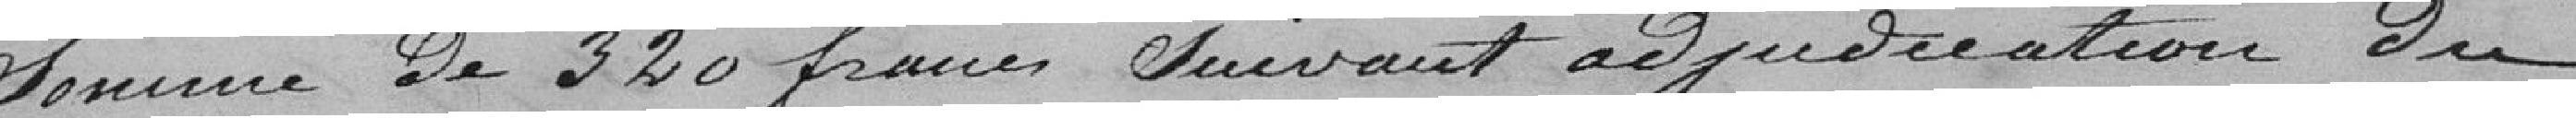
somme de 320 francs suivant adjudication du